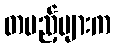
တပည့်များက